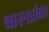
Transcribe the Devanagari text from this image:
वारुळांना